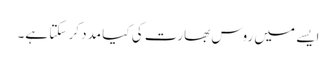
ایسے میں روس بھارت کی کیا مدد کر سکتا ہے۔